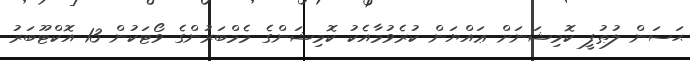
ޙަސަން ލުޠުފީ ކޮމިޝަނަށް ޢައްޔަން ކުރެވުމާއެކު ކޮމިޝަންގެ މެމްބަރުންގެ ވޯޓަކުން 13 އޮކްޓޫބަރު